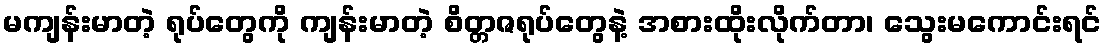
မကျန်းမာတဲ့ ရုပ်တွေကို ကျန်းမာတဲ့ စိတ္တဇရုပ်တွေနဲ့ အစားထိုးလိုက်တာ၊ သွေးမကောင်းရင်